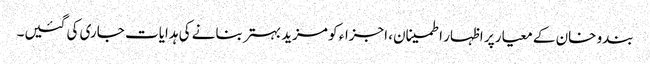
بندو خان کے معیار پر اظہار اطمینان، اجزاء کو مزید بہتر بنانے کی ہدایات جاری کی گئیں۔